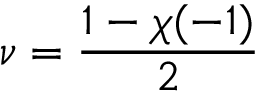
\nu = { \frac { 1 - \chi ( - 1 ) } { 2 } }